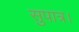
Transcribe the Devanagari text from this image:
सुपात्र।